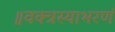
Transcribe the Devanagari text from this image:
॥वक्त्रस्याभरणं